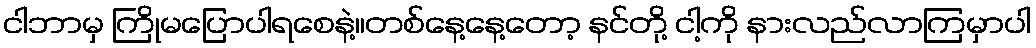
ငါဘာမှ ကြိုမပြောပါရစေနဲ့။တစ်နေ့နေ့တော့ နင်တို့ ငါ့ကို နားလည်လာကြမှာပါ